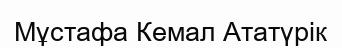
Мұстафа Кемал Ататүрік